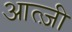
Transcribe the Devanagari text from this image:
आत्ज़ी